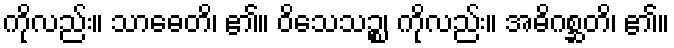
ကိုလည်း။ သာဓေတိ၊ ၏။ ဝိသေသဉ္စ၊ ကိုလည်း။ အဓိဂစ္ဆတိ၊ ၏။